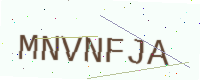
Text: MNVNFJA